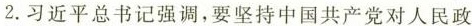
2.习近平总书记强调，要坚持中国共产党对人民政